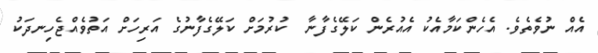
އެއް ނުވެތެވެ. އެހެންކަމާއެކު އެއުރެން ކަލޭގެފާނާ  ކުރުމަށް ކަލޭގެފާނުގެ އަރިހަށް އަތުވެއްޖެހިނދަކު